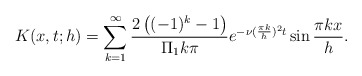
\begin{align*}K(x,t;h)=\sum_{k=1}^{\infty}\frac{2\left((-1)^k-1\right)}{\Pi_1 k \pi}e^{-\nu(\frac{\pi k}{h})^2t}\sin\frac{\pi k x}{h}.\end{align*}